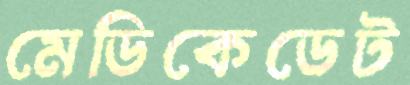
মেডিকেডেট